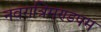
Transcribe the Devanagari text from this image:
नवरात्रिमण्डपम